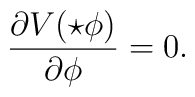
\frac{\partial V(\star \phi)}{\partial \phi}=0.